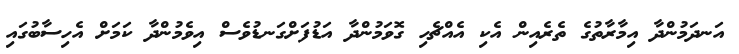
އަނދަމުންދާ އިމާރާތުގެ ތެރެއިން އެކި އެއްޗެހި ގޮވަމުންދާ އަޑުފަށްގަނޑުވެސް އިވެމުންދާ ކަމަށް އެހިސާބުގައި